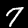
Digit: 7